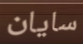
سايان